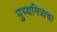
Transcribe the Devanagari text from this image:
पुष्यमित्राचा